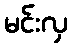
မင်းလှ